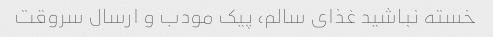
خسته نباشید غذای سالم، پیک مودب و ارسال سروقت